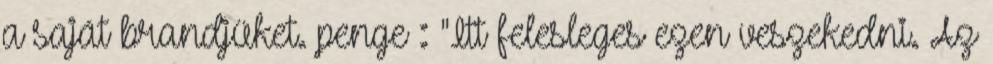
a saját brandjüket. penge™: "Itt felesleges ezen veszekedni. Az